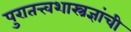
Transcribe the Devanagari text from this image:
पुरातत्त्वशास्त्रज्ञांची